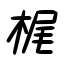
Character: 梶